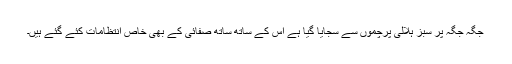
جگہ جگہ پر سبز ہلالی پرچموں سے سجایا گیا ہے اس کے ساتھ ساتھ صفائی کے بھی خاص انتظامات کئے گئے ہیں۔